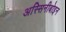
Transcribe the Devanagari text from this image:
अस्सिनीबोइन